Annual report of the Camel Specialist
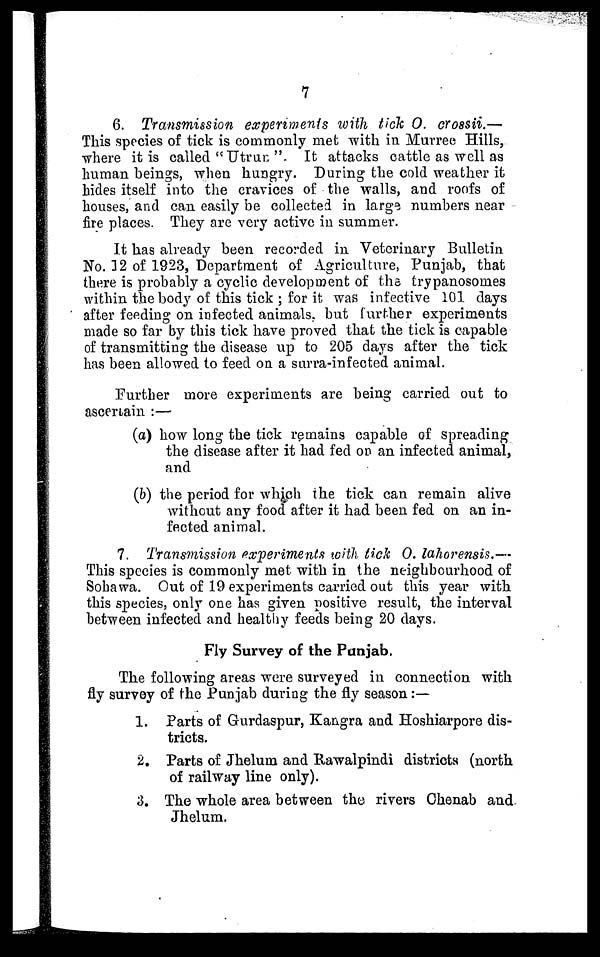
7
6. Transmission experiments with tick O. crossii.—
This species of tick is commonly met with in Murree Hills,
where it is called "Utrun ". It attacks cattle as well as
human beings, when hungry. During the cold weather it
hides itself into the cravices of the walls, and roofs of
houses, and can easily be collected in large numbers near
fire places. They are very active in summer.
It has already been recorded in Veterinary Bulletin
No. 12 of 1923, Department of Agriculture, Punjab, that
there is probably a cyclic development of the trypanosomes
within the body of this tick ; for it was infective 101 days
after feeding on infected animals, but further experiments
made so far by this tick have proved that the tick is capable
of transmitting the disease up to 205 days after the tick
has been allowed to feed on a surra-infected animal.
Further more experiments are being carried out to
ascertain :—
(a) how long the tick remains capable of spreading
the disease after it had fed on an infected animal,
and
(b) the period for which the tick can remain alive
without any food after it had been fed on an in-
fected animal.
7. Transmission experiments with tick O. lahorensis.—
This species is commonly met with in the neighbourhood of
Sohawa. Out of 19 experiments carried out this year with
this species, only one has given positive result, the interval
between infected and healthy feeds being 20 days.
Fly Survey of the Punjab.
The following areas were surveyed in connection with
fly survey of the Punjab during the fly season :—
1. Parts of Gurdaspur, Kangra and Hoshiarpore dis-
tricts.
2. Parts of Jhelum and Rawalpindi districts (north
of railway line only).
3. The whole area between the rivers Chenab and
Jhelum.